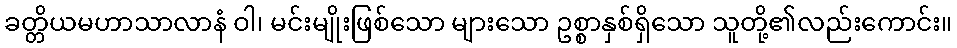
ခတ္တိယမဟာသာလာနံ ဝါ၊ မင်းမျိုးဖြစ်သော များသော ဥစ္စာနှစ်ရှိသော သူတို့၏လည်းကောင်း။